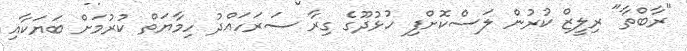
"ރާބްތާ" ރިލީޒް ކުރުން ލަސްކޮށްފި ހުޅުދޫގެ ގިރާ ސަރަހައްދު ހިމާޔަތް ކުރުމަށް ބަޔަކާއި